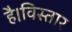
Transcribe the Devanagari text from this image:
है।विस्तार